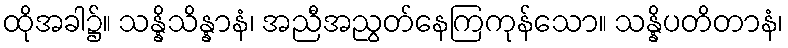
ထိုအခါ၌။ သန္နိသိန္နာနံ၊ အညီအညွတ်နေကြကုန်သော။ သန္နိပတိတာနံ၊